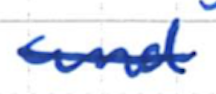
Text: and
Cross-out: single-line
Writing tool: ballpoint